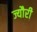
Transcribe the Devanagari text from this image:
ज्यौरी